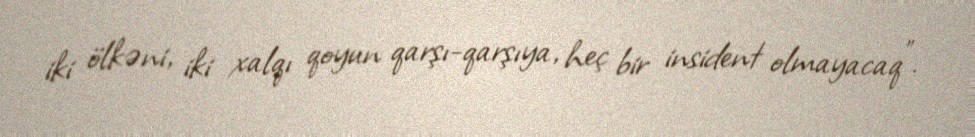
iki ölkəni, iki xalqı qoyun qarşı-qarşıya, heç bir insident olmayacaq”.